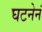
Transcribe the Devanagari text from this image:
घटनेनं